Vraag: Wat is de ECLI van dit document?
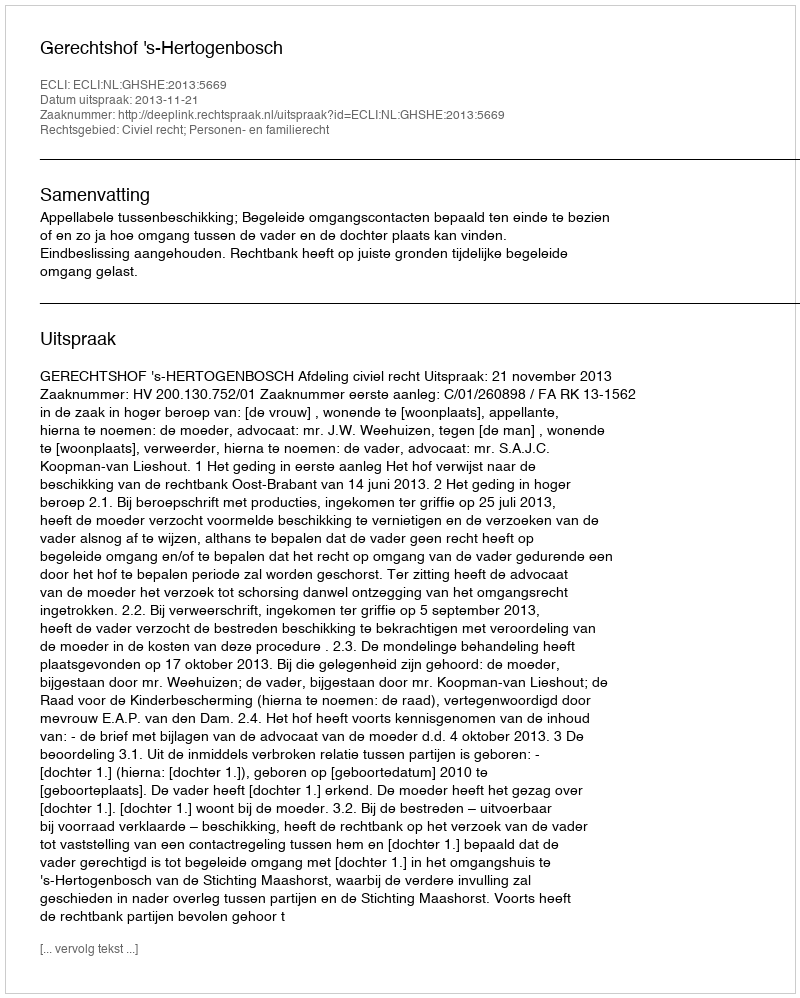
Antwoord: ECLI:NL:GHSHE:2013:5669